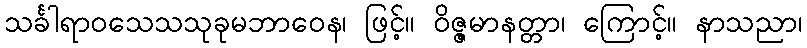
သင်္ခါရာဝသေသသုခုမဘာဝေန၊ ဖြင့်။ ဝိဇ္ဇမာနတ္တာ၊ ကြောင့်။ နာသညာ၊